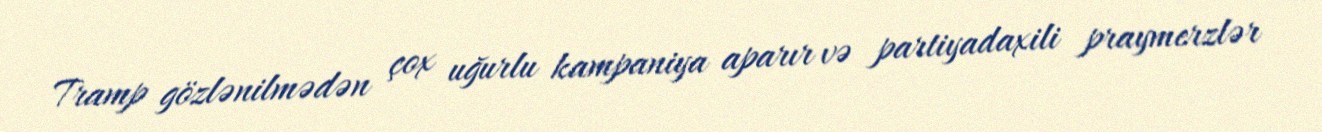
Tramp gözlənilmədən çox uğurlu kampaniya aparır və partiyadaxili praymerzlər